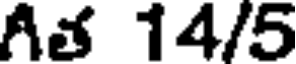
గీత 14/5